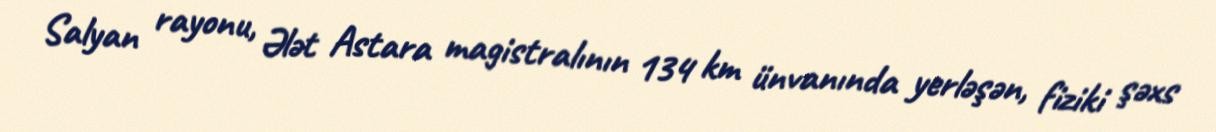
Salyan rayonu, Ələt Astara magistralının 134 km ünvanında yerləşən, fiziki şəxs